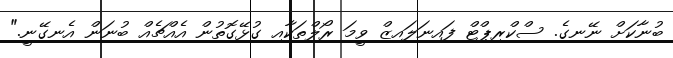
ބުނާކަށް ނޭނގެ. ސްކްރިޕްޓް ފައިނަލައިޒް ވީމަ ރޯލްތަކާއި ގުޅޭގޮތުން އެއްޗެއް ބުނަން އެނގޭނީ."